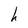
Character: h